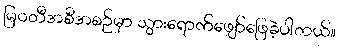
မြဝတီအစီအစဉ်မှာ သွားရောက်ဖျော်ဖြေခဲ့ပါတယ်။